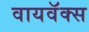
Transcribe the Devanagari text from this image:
वायवॅक्स